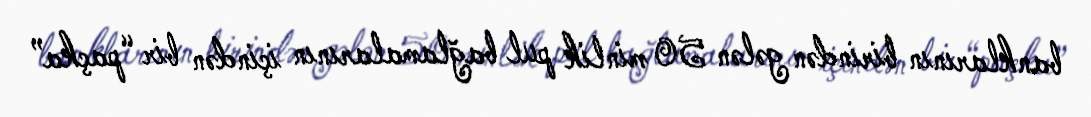
banklarının birindən gələn 50 minlik pul bağlamalarının içindən bir “paçka”